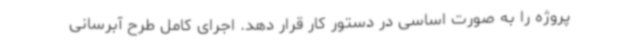
پروژه را به صورت اساسی در دستور کار قرار دهد. اجرای کامل طرح آبرسانی